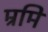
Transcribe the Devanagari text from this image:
म्रमि